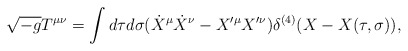
\begin{align*}\sqrt{-g}T^{\mu\nu}=\int d\tau d\sigma (\dot{X}^\mu\dot{X}^\nu-X'^\mu X'^\nu)\delta^{(4)}(X-X(\tau,\sigma)),\end{align*}